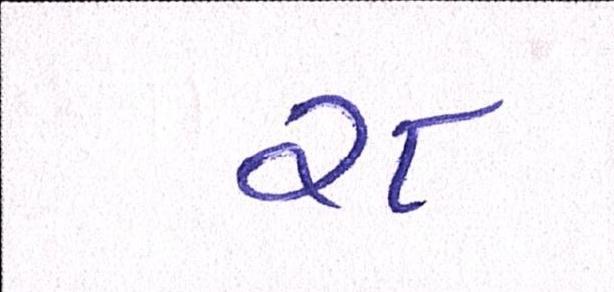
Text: ૨૮